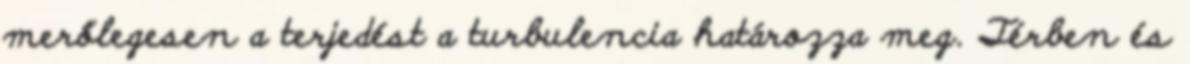
merőlegesen a terjedést a turbulencia határozza meg. Térben és